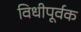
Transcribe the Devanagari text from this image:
विधीपूर्वक